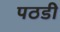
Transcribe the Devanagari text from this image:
पठडी